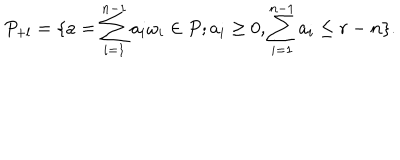
LaTeX: P _ { + l } = \{ a = \sum _ { i = 1 } ^ { n - 1 } a _ { i } \omega _ { i } \in P ; a _ { i } \ge 0 , \sum _ { i = 1 } ^ { n - 1 } a _ { i } \le r - n \} .